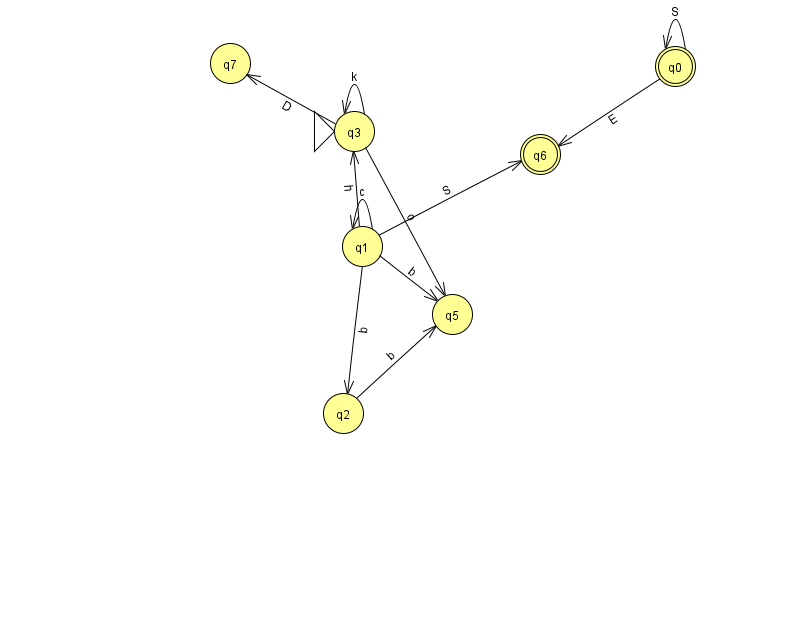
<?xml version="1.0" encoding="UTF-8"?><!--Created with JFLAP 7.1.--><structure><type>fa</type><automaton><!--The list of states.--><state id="0" name="q0"><x>675.0</x><y>53.0</y><final/></state><state id="1" name="q1"><x>362.0</x><y>233.0</y></state><state id="2" name="q2"><x>343.0</x><y>400.0</y></state><state id="3" name="q3"><x>354.0</x><y>118.0</y><initial/></state><state id="5" name="q5"><x>452.0</x><y>301.0</y></state><state id="6" name="q6"><x>540.0</x><y>141.0</y><final/></state><state id="7" name="q7"><x>230.0</x><y>50.0</y></state><!--The list of transitions.--><transition><from>0</from><to>0</to><read>S</read></transition><transition><from>1</from><to>1</to><read>c</read></transition><transition><from>1</from><to>3</to><read>h</read></transition><transition><from>1</from><to>5</to><read>b</read></transition><transition><from>0</from><to>6</to><read>E</read></transition><transition><from>3</from><to>5</to><read>o</read></transition><transition><from>3</from><to>7</to><read>D</read></transition><transition><from>1</from><to>2</to><read>b</read></transition><transition><from>3</from><to>3</to><read>k</read></transition><transition><from>2</from><to>5</to><read>b</read></transition><transition><from>1</from><to>6</to><read>S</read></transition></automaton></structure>